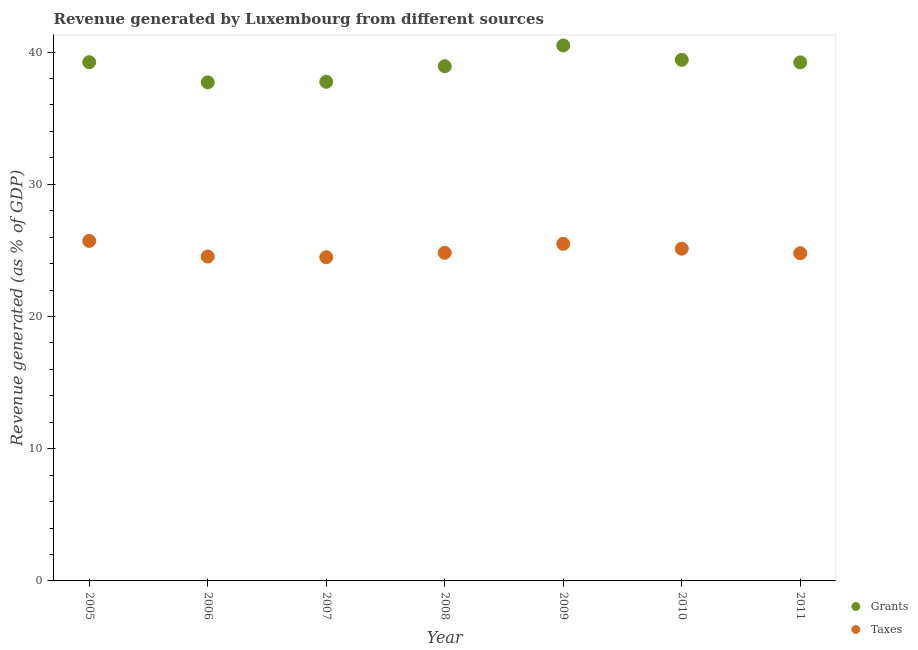
| Year | Grants | Taxes |
 | --- | --- | --- |
 | 2005 | 39.2 | 25.7 |
 | 2006 | 37.7 | 24.5 |
 | 2007 | 37.7 | 24.5 |
 | 2008 | 38.9 | 24.8 |
 | 2009 | 40.5 | 25.5 |
 | 2010 | 39.4 | 25.1 |
 | 2011 | 39.2 | 24.8 |